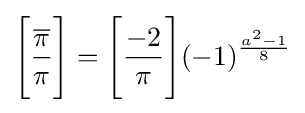
{\Bigg [}{\frac {\overline {\pi }}{\pi }}{\Bigg ]}={\Bigg [}{\frac {-2}{\pi }}{\Bigg ]}(-1)^{\frac {a^{2}-1}{8}}